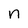
Character: n